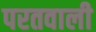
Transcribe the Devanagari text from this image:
परतवाली